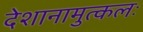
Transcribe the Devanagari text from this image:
देशानामुत्कलः